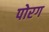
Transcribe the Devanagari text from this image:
पोरग